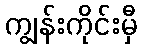
ကျွန်းကိုင်းမှီ